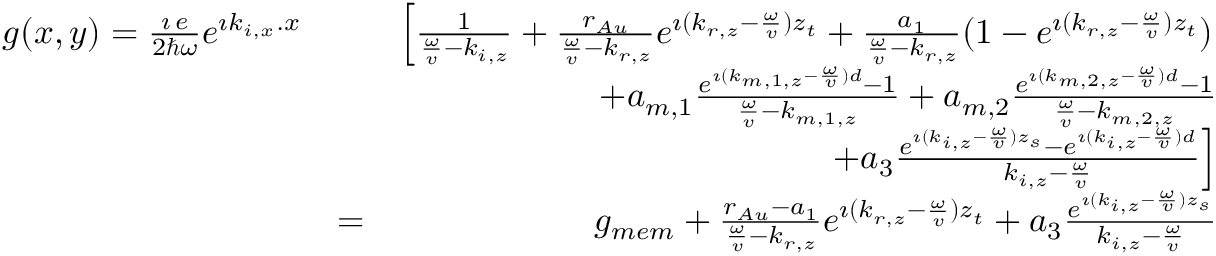
\begin{array} { r l r } { g ( x , y ) = \frac { \imath \, e } { 2 \hbar \omega } e ^ { \imath k _ { i , x } . x } } & { } & { \left[ \frac { 1 } { \frac { \omega } { v } - k _ { i , z } } + \frac { r _ { A u } } { \frac { \omega } { v } - k _ { r , z } } e ^ { \imath ( k _ { r , z } - \frac { \omega } { v } ) z _ { t } } + \frac { a _ { 1 } } { \frac { \omega } { v } - k _ { r , z } } ( 1 - e ^ { \imath ( k _ { r , z } - \frac { \omega } { v } ) z _ { t } } ) \right. } \\ & { } & { + a _ { m , 1 } \frac { e ^ { \imath ( k _ { m , 1 , z } - \frac { \omega } { v } ) d } - 1 } { \frac { \omega } { v } - k _ { m , 1 , z } } + a _ { m , 2 } \frac { e ^ { \imath ( k _ { m , 2 , z } - \frac { \omega } { v } ) d } - 1 } { \frac { \omega } { v } - k _ { m , 2 , z } } } \\ & { } & { \left. + a _ { 3 } \frac { e ^ { \imath ( k _ { i , z } - \frac { \omega } { v } ) z _ { s } } - e ^ { \imath ( k _ { i , z } - \frac { \omega } { v } ) d } } { k _ { i , z } - \frac { \omega } { v } } \right] } \\ & { = } & { g _ { m e m } + \frac { r _ { A u } - a _ { 1 } } { \frac { \omega } { v } - k _ { r , z } } e ^ { \imath ( k _ { r , z } - \frac { \omega } { v } ) z _ { t } } + a _ { 3 } \frac { e ^ { \imath ( k _ { i , z } - \frac { \omega } { v } ) z _ { s } } } { k _ { i , z } - \frac { \omega } { v } } } \end{array}